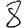
Digit: 8